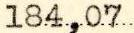
184,07